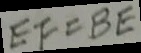
E F = B E